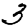
Digit: 3